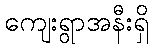
ကျေးရွာအနီးရှိ